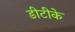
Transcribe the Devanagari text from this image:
डीटीके